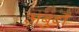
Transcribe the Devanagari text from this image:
अबुर्दों